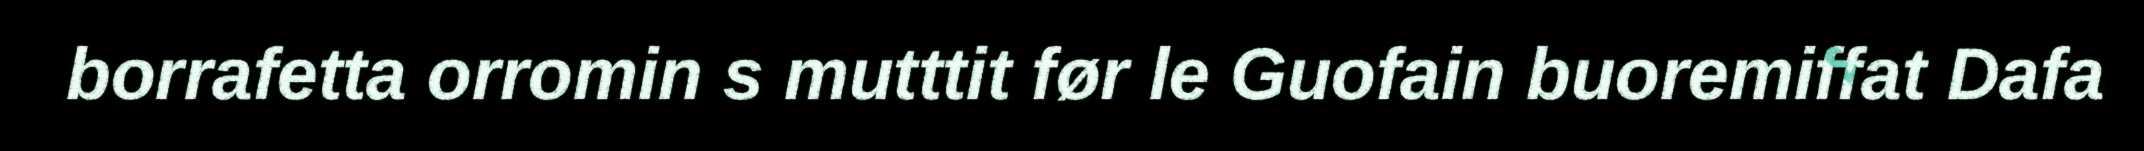
borrafetta orromin s mutttit før le Guofain buoremiffat Dafa